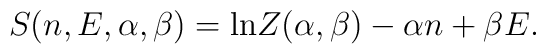
S(n,E,\alpha,\beta)={\rm ln} Z(\alpha,\beta)-\alpha n+\beta E.